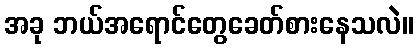
အခု ဘယ်အရောင်တွေခေတ်စားနေသလဲ။